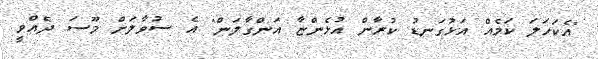
"އެކަހަލަ ކަމެއް އަޅުގަނޑު ކުރާން އުޅެންޏާ އަންގާލަން" އެ ސުވާލަށް މޫސަ ދެއްވީ